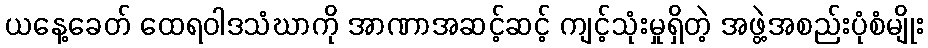
ယနေ့ခေတ် ထေရဝါဒသံဃာကို အာဏာအဆင့်ဆင့် ကျင့်သုံးမှုရှိတဲ့ အဖွဲ့အစည်းပုံစံမျိုး